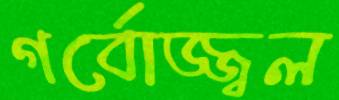
গর্বোজ্জ্বল